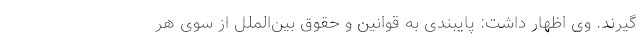
گیرند. وی اظهار داشت: پایبندی به قوانین و حقوق‌ بین‌الملل از سوی هر